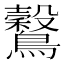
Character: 𪇗